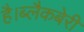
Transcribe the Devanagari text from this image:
है।ब्लैकबेरी